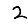
Digit: 2